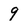
Character: 9